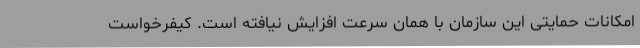
امکانات حمایتی این سازمان با همان سرعت افزایش نیافته است. کیفرخواست